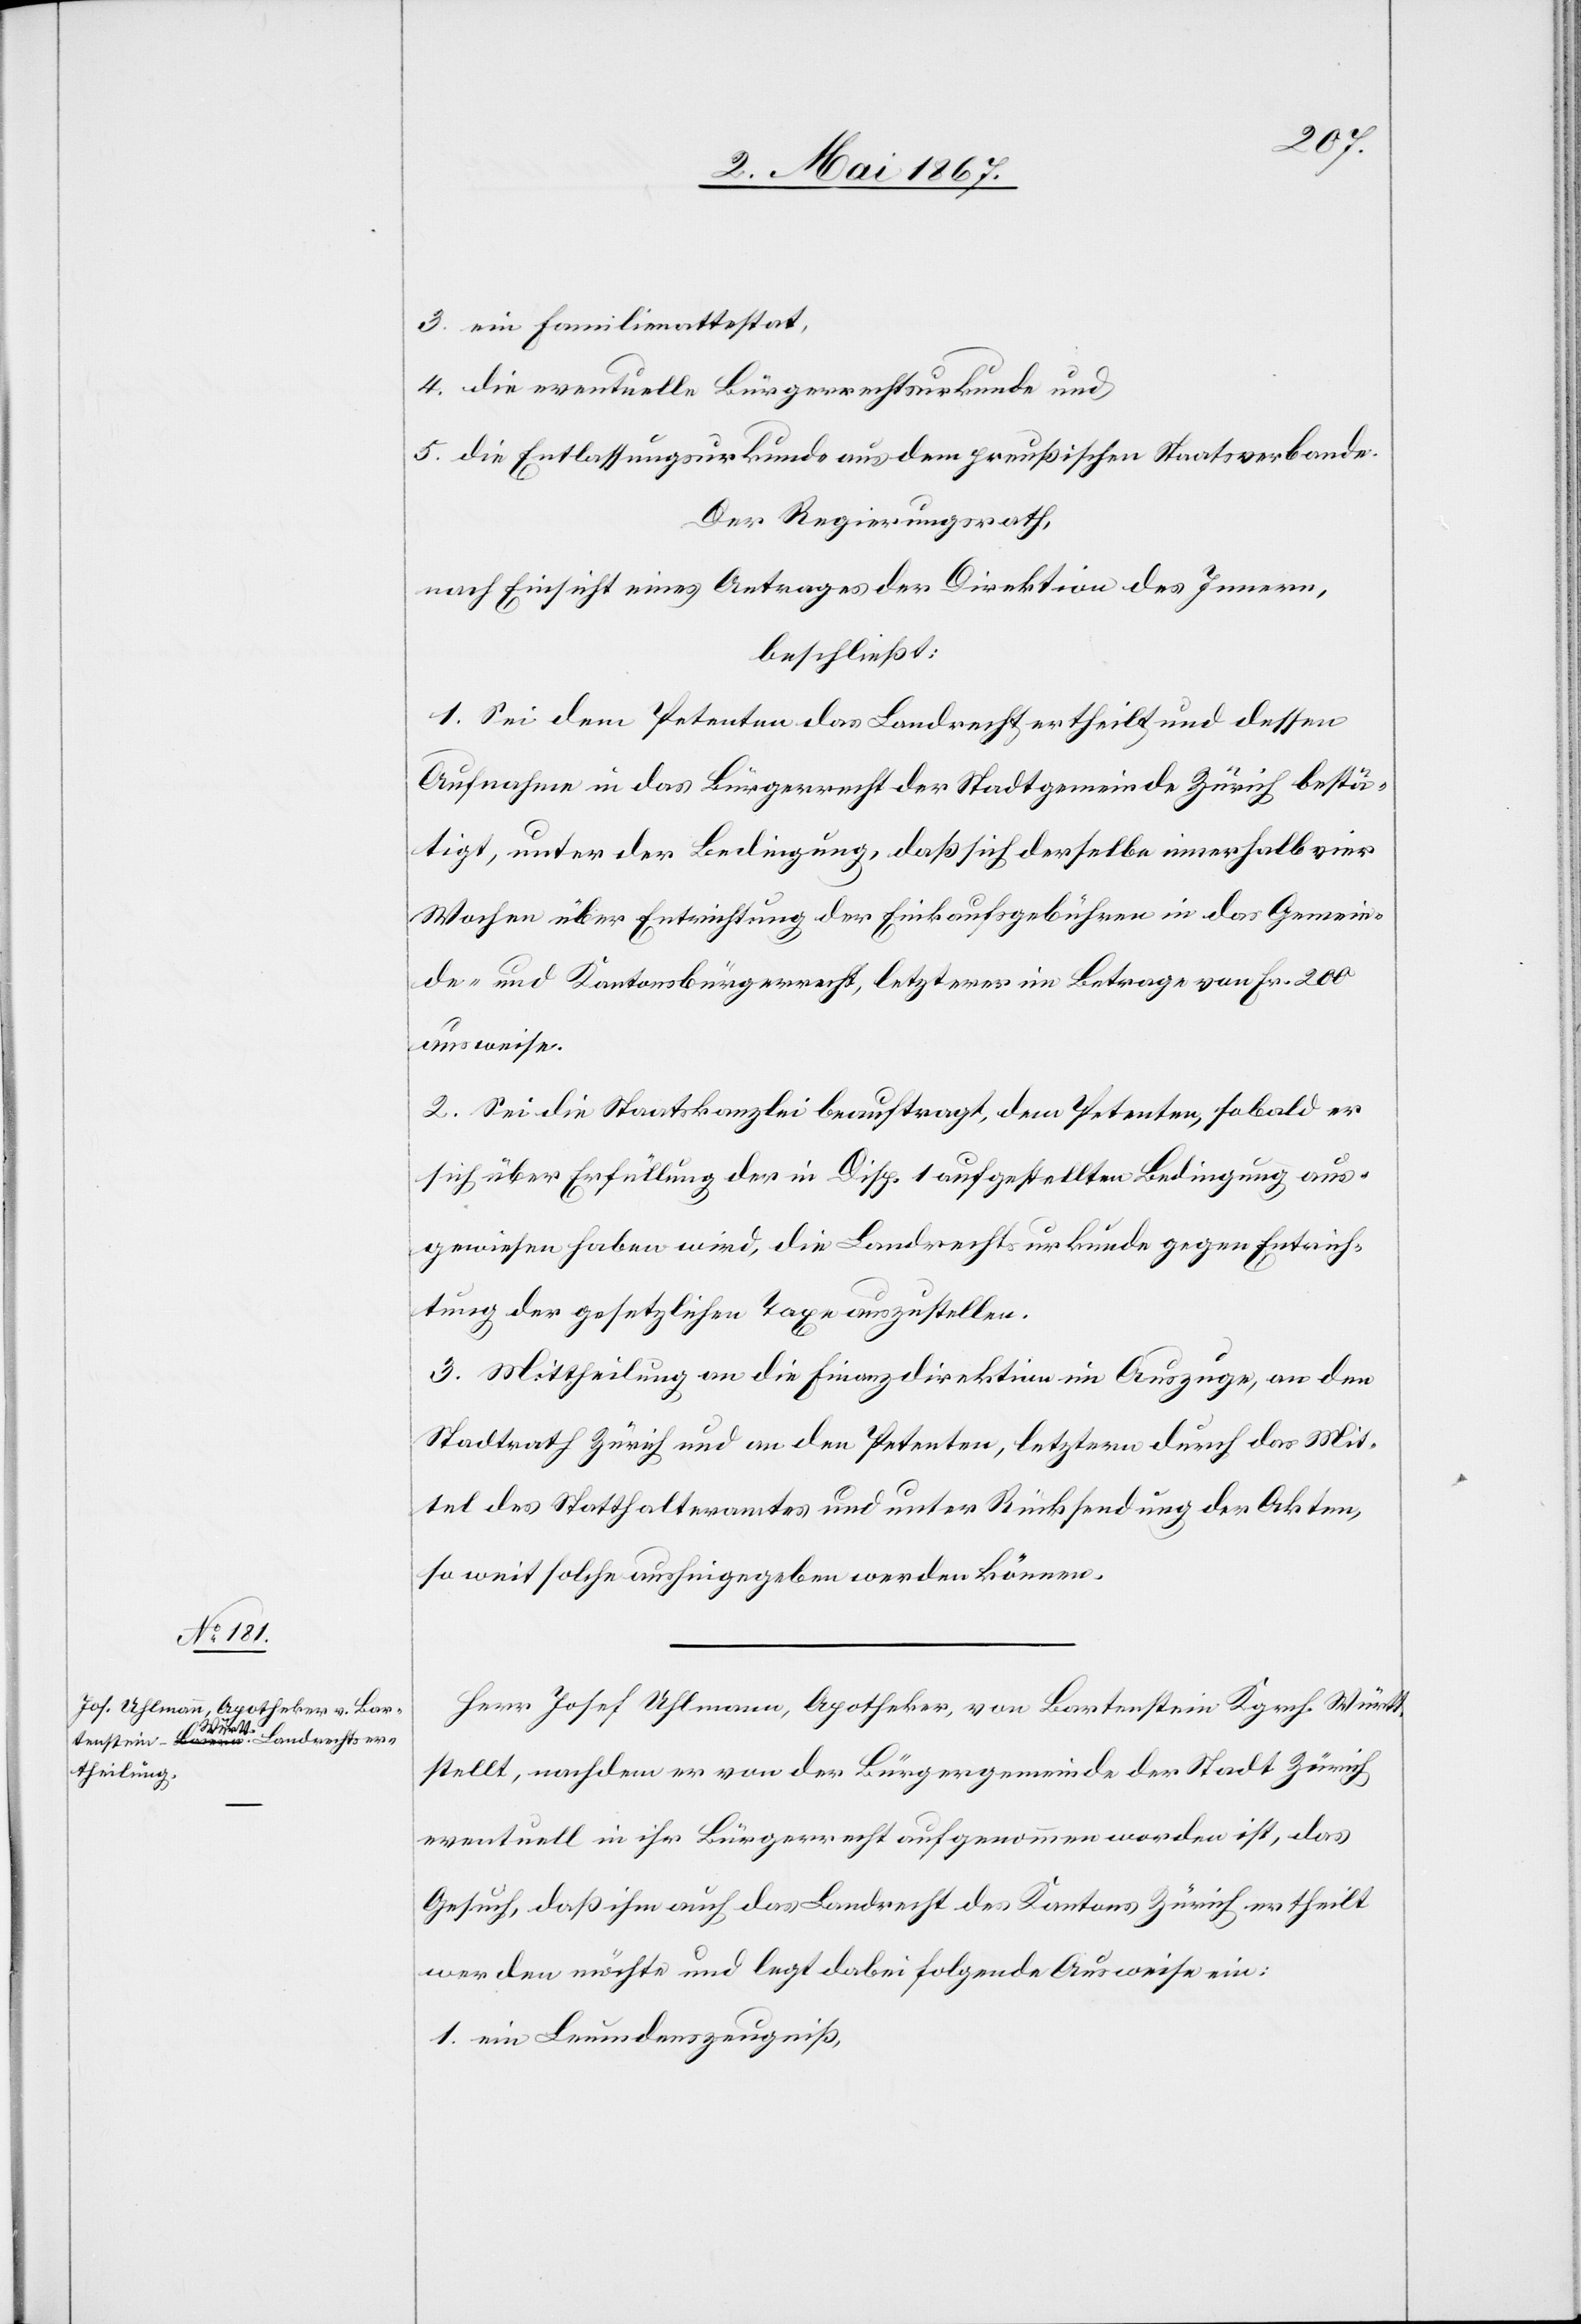
3. ein Familienattestat,
4. die eventuelle Bürgerrechtsurkunde und
5. die Entlassungsurkunde aus dem preußischen Staatsverbande.
Der Regierungsrath,
nach Einsicht eines Antrages der Direktion des Innern,
beschließt:
1. Sei dem Petenten das Landrecht ertheilt und dessen
Aufnahme in das Bürgerrecht der Stadtgemeinde Zürich bestä¬
tigt, unter der Bedingung, daß sich derselbe innerhalb vier
Wochen über Entrichtung der Einkaufsgebühren in das Gemein¬
de- und Kantonsbürgerrecht, letzterer im Betrage von Frk. 200
ausweise.
2. Sei die Staatskanzlei beauftragt, dem Petenten, sobald er
sich über Erfüllung der in Disp. 1 aufgestellten Bedingung aus¬
gewiesen haben wird, die Landrechtsurkunde gegen Entrich¬
tung der gesetzlichen Taxe auszustellen.
3. Mittheilung an die Finanzdirektion im Auszuge, an den
Stadtrath Zürich und an den Petenten, letzterm durch das Mit¬
tel des Statthalteramtes und unter Rücksendung der Akten,
soweit solche aushingegeben werden können.
Herr Josef Uhlmann, Apotheker, von Bartenstein Kgrch. Württ.
stellt, nachdem er von der Bürgergemeinde der Stadt Zürich
eventuell in ihr Bürgerrecht aufgenommen worden ist, das
Gesuch, daß ihm auch das Landrecht des Kantons Zürich ertheilt
werden möchte und legt dabei folgende Ausweise ein:
1. ein Leumdenszeugniß,